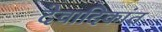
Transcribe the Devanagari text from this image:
देवादिकांत